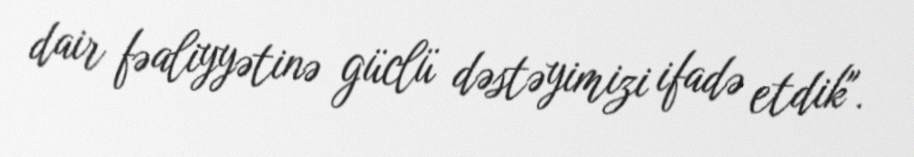
dair fəaliyyətinə güclü dəstəyimizi ifadə etdik".